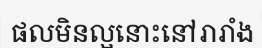
ផលមិនល្អនោះនៅរារាំង